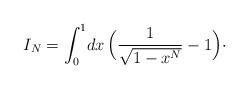
LaTeX: \begin{align*}I_N = \int_0^1\! dx\, \Bigl({1\over\sqrt{1-x^N}}-1\Bigr)\cdotp\end{align*}